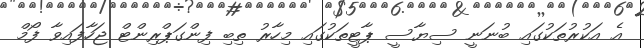
އެ އަކުރުތަކުގައި ބުނަނީ ސިޔާސީ ޕާޓީތަކުގައި މިހާރު ތިބި ފިންގަޕްރިންޓް ޖަހާފައިވާ ފޯމް